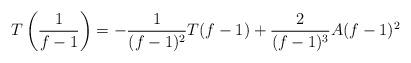
LaTeX: \begin{align*} T\left(\frac{1}{f-1}\right)= -\frac{1}{(f-1)^{2}}T(f-1)+\frac{2}{(f-1)^{3}}A(f-1)^{2}\end{align*}